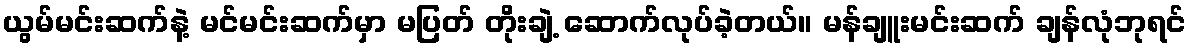
ယွမ်မင်းဆက်နဲ့ မင်မင်းဆက်မှာ မပြတ် တိုးချဲ့ ဆောက်လုပ်ခဲ့တယ်။ မန်ချူးမင်းဆက် ချန်လုံဘုရင်